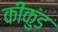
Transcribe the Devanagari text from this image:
कीकुंड